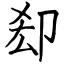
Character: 㕁